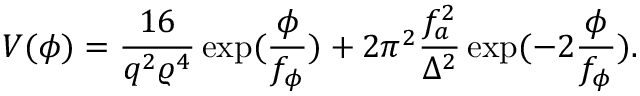
V ( \phi ) = \frac { 1 6 } { q ^ { 2 } \varrho ^ { 4 } } \exp ( \frac { \phi } { f _ { \phi } } ) + 2 \pi ^ { 2 } \frac { f _ { a } ^ { 2 } } { \Delta ^ { 2 } } \exp ( - 2 \frac { \phi } { f _ { \phi } } ) .